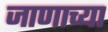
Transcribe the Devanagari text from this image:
जाणाच्या